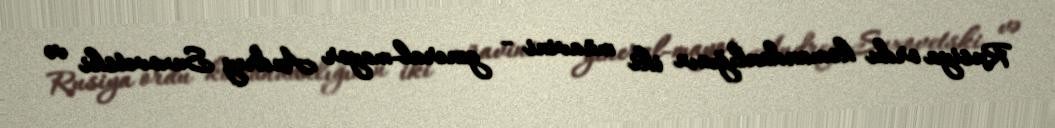
Rusiya ordu komandanlığının iki müavini - general-mayor Andrey Suxovetski və